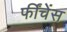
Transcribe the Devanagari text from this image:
फींचेंस